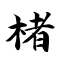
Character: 楮